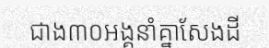
ជាង៣០អង្គនាំគ្នាសែងដី